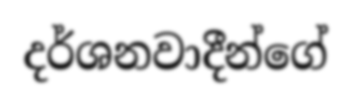
දර්ශනවාදීන්ගේ